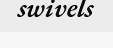
swivels